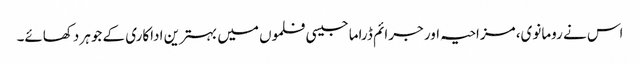
اس نے رومانوی، مزاحیہ اور جرائم ڈراما جیسی فلموں میں بہترین اداکاری کے جوہر دکھائے۔